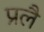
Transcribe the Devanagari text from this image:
प्रलै